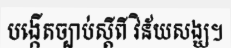
បង្កើតច្បាប់ស្តីពី វិន័យសង្ឃ។